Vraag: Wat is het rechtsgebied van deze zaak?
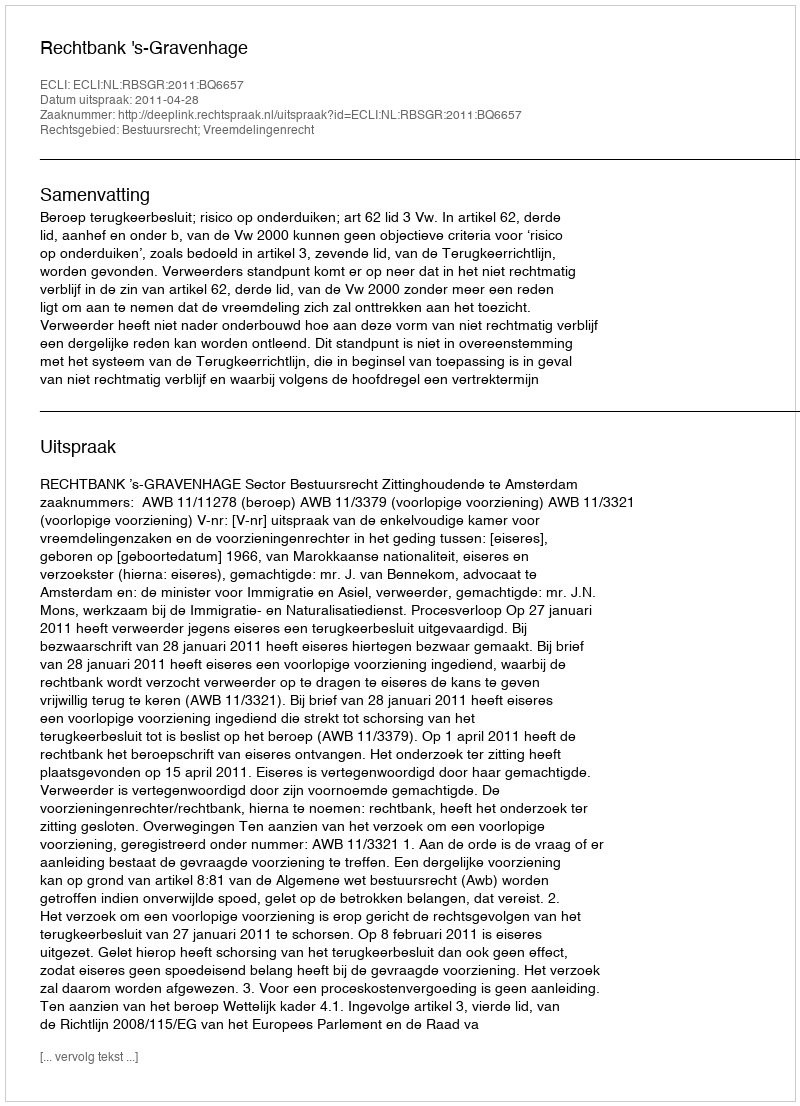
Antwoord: Bestuursrecht; Vreemdelingenrecht